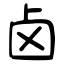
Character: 卤